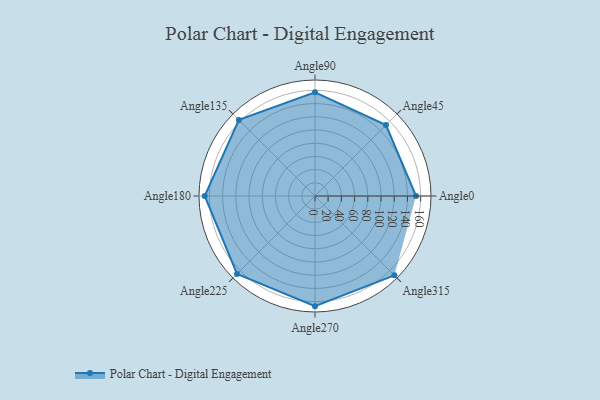
{"axis": {"x": "Angle", "y": "Radius"}, "legend": [""], "data": [{"x": "Angle0", "y": 153.0, "type": ""}, {"x": "Angle45", "y": 152.0, "type": ""}, {"x": "Angle90", "y": 157.0, "type": ""}, {"x": "Angle135", "y": 163.0, "type": ""}, {"x": "Angle180", "y": 167.0, "type": ""}, {"x": "Angle225", "y": 167.0, "type": ""}, {"x": "Angle270", "y": 167.0, "type": ""}, {"x": "Angle315", "y": 170, "type": ""}]}